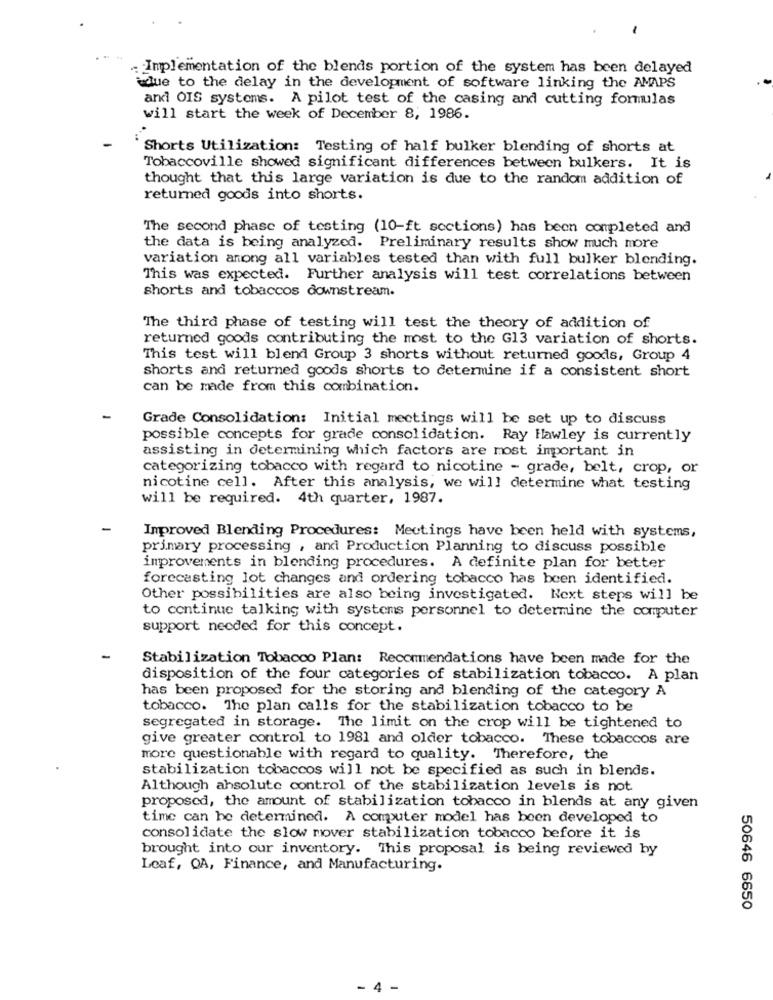
-
. Implementation of the blends portion of the system has been delayed
adue to the delay in the development of software linking the AMAPS
arki OIS systems. A pilot test of the casing and cutting formulas
will start the week of December 8, 1986.
Shorts Utilization: Testing of half bulker blending of shorts at
Tobaccoville showed significant differences between bulkers. It is
thought that this large variation is due to the random addition of
returned goods into shorts.
The second phase of testing (10-ft sections) has been completed and
the data is being analyzed. Preliminary results show much more
variation among all variables tested than with full bulker blending.
This was expected. Further analysis will test correlations between
shorts and tobaccos downstream.
The third phase of testing will test the theory of addition of
returned goods contributing the most to the G13 variation of shorts.
This test will blend Group 3 shorts without returned goods, Group 4
shorts and returned goods shorts to determine if a consistent short
can be made from this combination.
-
Grade Consolidation: Initial meetings will be set up to discuss
possible concepts for grade consolidation. Ray Hawley is currently
assisting in determining which factors are most important in
categorizing tobacco with regard to nicotine - grade, belt, crop, or
nicotine cell. After this analysis, we will determine what testing
will be required. 4th quarter, 1987.
Improved Blending Procedures: Meetings have been held with systems,
primary processing , and Production Planning to discuss possible
improvements in blending procedures. A definite plan for better
forecasting lot changes and ordering tobacco has been identified.
Other possibilities are also being investigated. Next steps will be
to continue talking with systems personnel to determine the computer
support needed for this concept.
-
Stabilization Tobacco Plan: Recommendations have been made for the
disposition of the four categories of stabilization tobacco. A plan
has been proposed for the storing and blending of the category A
tobacco. The plan calls for the stabilization tobacco to be
segregated in storage. The limit on the crop will be tightened to
give greater control to 1981 and older tobacco. These tobaccos are
more questionable with regard to quality. Therefore, the
stabilization tobaccos will not be specified as such in blends.
Although ahsolute control of the stabilization levels is not
proposed, the amount of stabilization tobacco in blends at any given
time can be determined. A computer model has been developed to
consolidate the slow mover stabilization tobacco before it is
brought into our inventory. This proposal is being reviewed by
Leaf, OA, Finance, and Manufacturing.
50646 6650
- 4